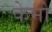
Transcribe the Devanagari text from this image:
केमो